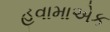
હવામાએક